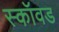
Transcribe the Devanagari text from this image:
स्कॉवड